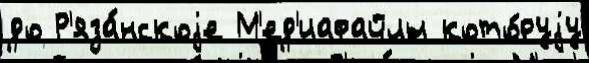
до Р'яза́нскоjе М'ед'иафайлы кото́руjу